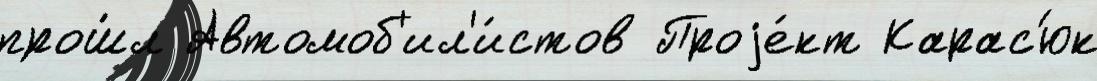
прош́л Автомоб'ил'и́стов Проjе́кт Карас'юк